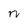
Character: n